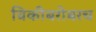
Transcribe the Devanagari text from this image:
विकीबरोबरच